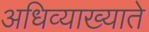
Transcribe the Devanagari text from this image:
अधिव्याख्याते